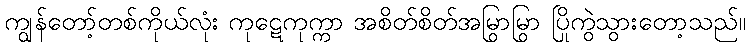
ကျွန်တော့်တစ်ကိုယ်လုံး ကုဋေကုက္ကာ အစိတ်စိတ်အမြွာမြွာ ပြိုကွဲသွားတော့သည်။